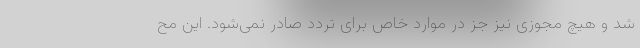
شد و هیچ مجوزی نیز جز در موارد خاص برای تردد صادر نمی‌شود. این مح